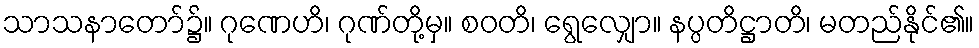
သာသနာတော်၌။ ဂုဏေဟိ၊ ဂုဏ်တို့မှ။ စဝတိ၊ ရွေလျှော။ နပ္ပတိဋ္ဌာတိ၊ မတည်နိုင်၏။